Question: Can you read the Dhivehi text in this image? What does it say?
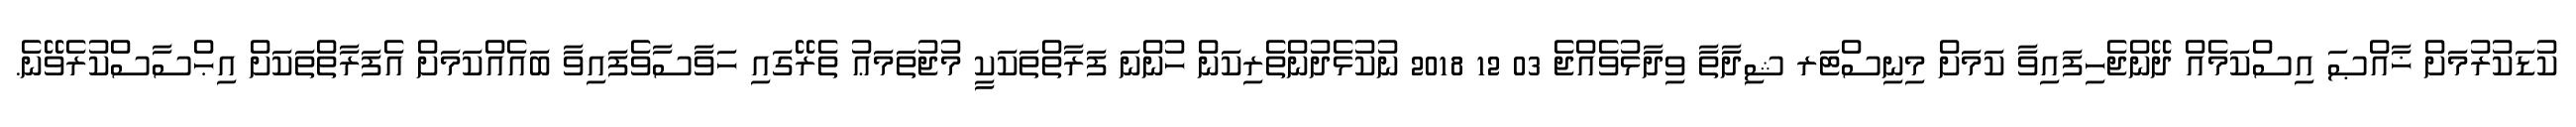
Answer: ކުޑަކުރުމަށް ޚާއްޞަ އިސްކަމެއް ދޭންޖެހިފައިވާ ކަމަށް މިނިސްޓަރ ޝިދާތާ ވިދާޅުވެއްޖެ 03 12 2018 ނުކުޅެދުންތެރިކަން ހުންނަ ފަރާތްތަކަކީ މުޖުތަމަޢު ތެރޭގައި ހަވާސާވެފައިވާ ބައެއްކަމަށް އެފަރާތްތަކަށް އިޙްސާސްކުރެވޭނެ.